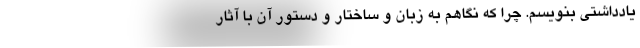
یادداشتی بنویسم. چرا که نگاهم به زبان و ساختار و دستور آن با آثار